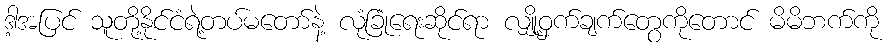
ဒါ့အပြင် သူတို့နိုင်ငံရဲ့တပ်မတော်နဲ့ လုံခြုံရေးဆိုင်ရာ လျှို့ဝှက်ချက်တွေကိုတောင် မိမိဘက်ကို